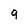
Character: 9